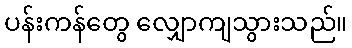
ပန်းကန်တွေ လျှောကျသွားသည်။